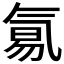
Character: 𣱢